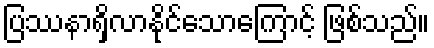
ပြဿနာရှိလာနိုင်သောကြောင့် ဖြစ်သည်။